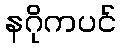
နဂိုကပင်